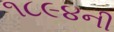
૧૮૯૪ની